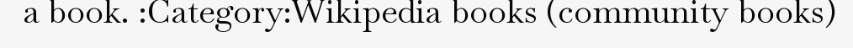
a book. :Category:Wikipedia books (community books)